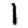
Digit: 1